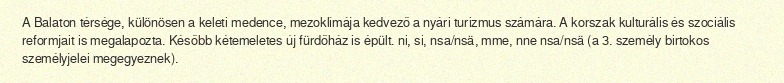
A Balaton térsége, különösen a keleti medence, mezoklímája kedvező a nyári turizmus számára. A korszak kulturális és szociális reformjait is megalapozta. Később kétemeletes új fürdőház is épült. ni, si, nsa/nsä, mme, nne nsa/nsä (a 3. személy birtokos személyjelei megegyeznek).